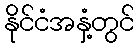
နိုင်ငံအနှံ့တွင်